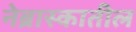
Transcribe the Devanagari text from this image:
नेब्रास्कातील